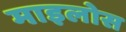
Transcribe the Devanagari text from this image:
माइलोस